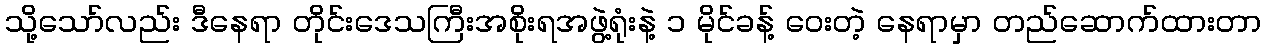
သို့သော်လည်း ဒီနေရာ တိုင်းဒေသကြီးအစိုးရအဖွဲ့ရုံးနဲ့ ၁ မိုင်ခန့် ဝေးတဲ့ နေရာမှာ တည်ဆောက်ထားတာ